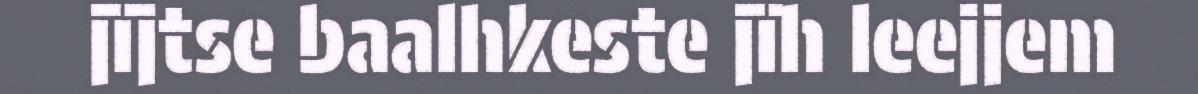
jïjtse baalhkeste jïh leejjem